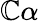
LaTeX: \mathbb{C}\alpha